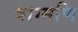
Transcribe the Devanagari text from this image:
वाग्मणि